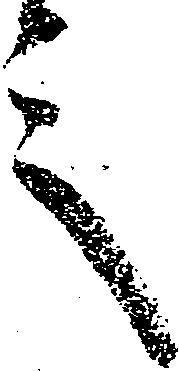
言